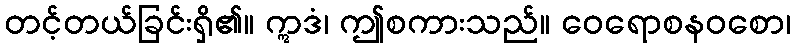
တင့်တယ်ခြင်းရှိ၏။ ဣဒံ၊ ဤစကားသည်။ ဝေရောစနဝစော၊